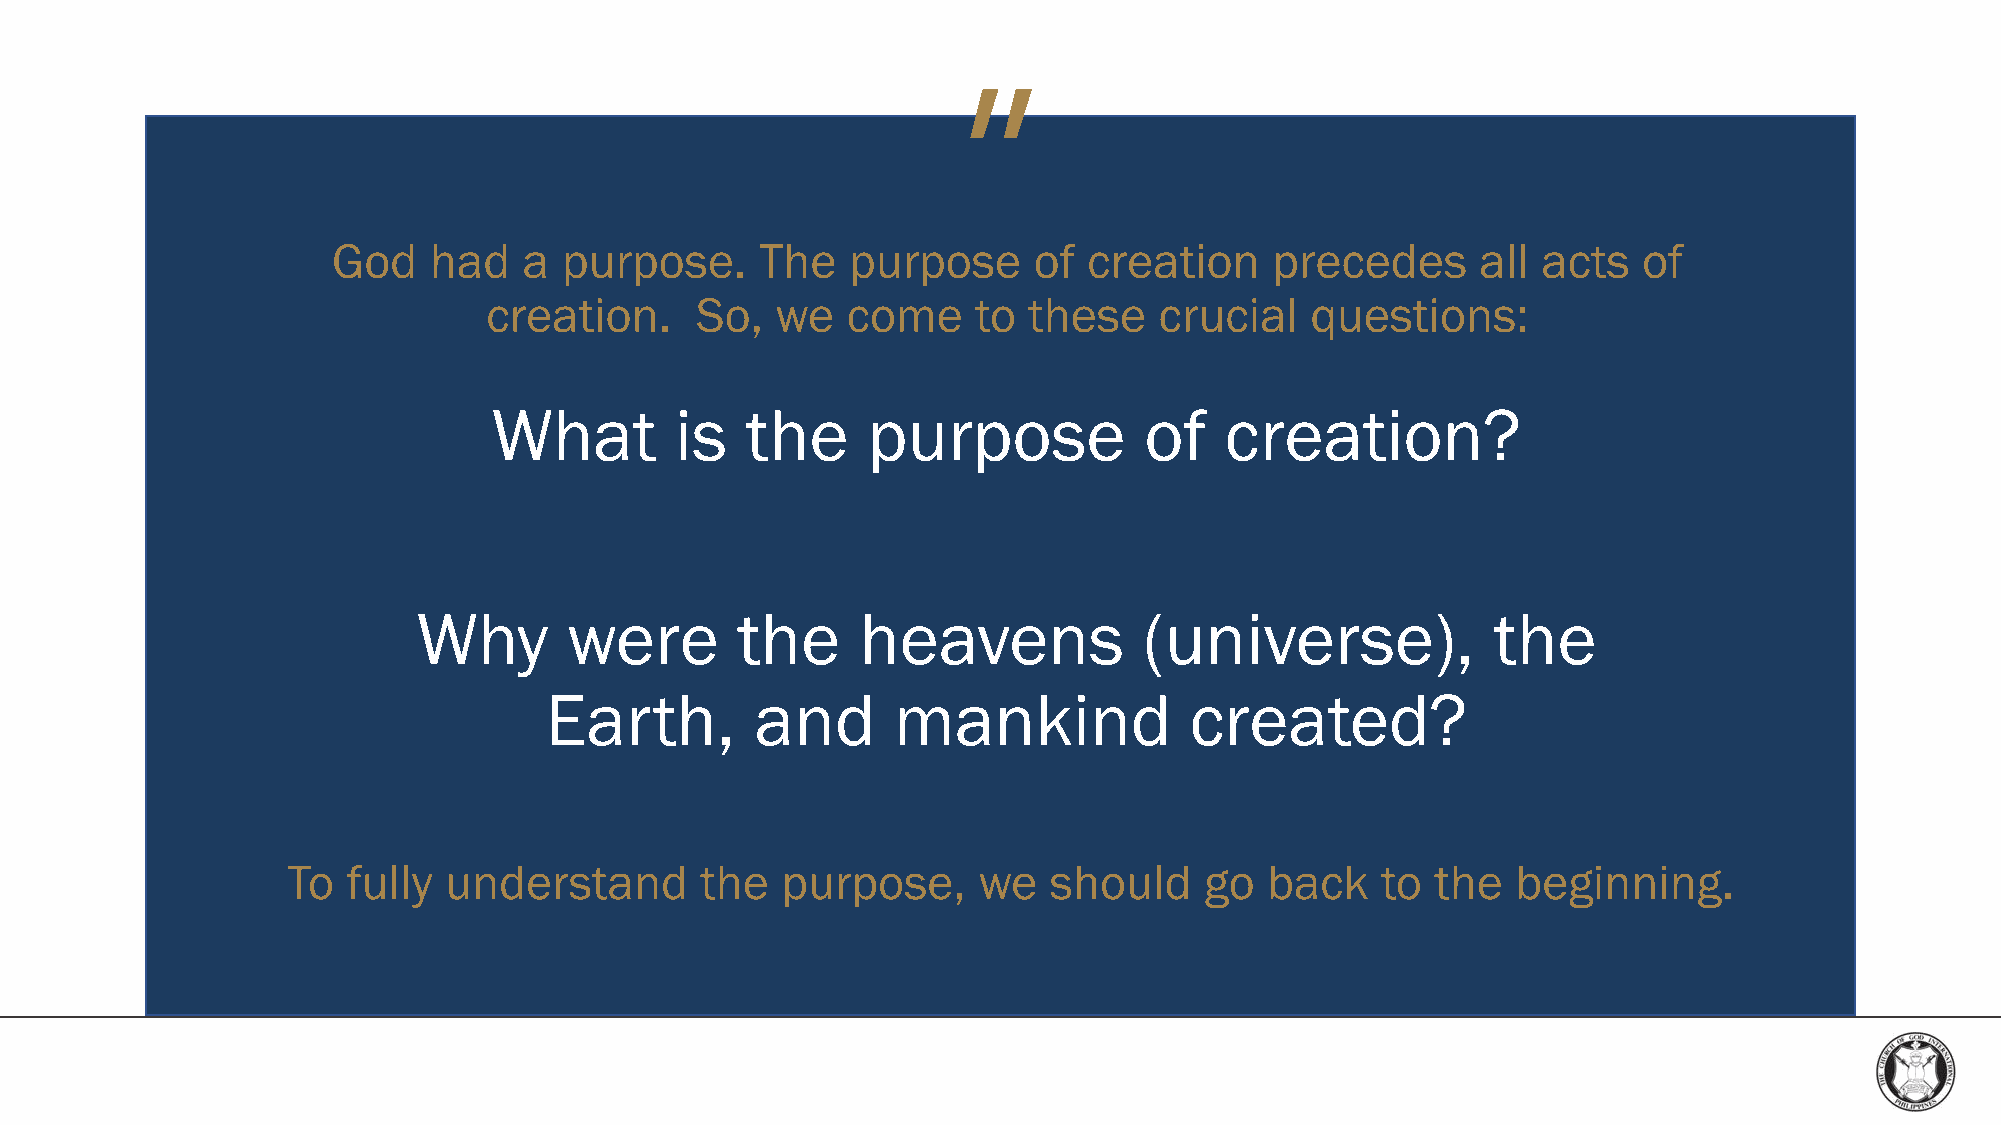
”
 God   had    a purpose.     The   purpose     of  creation    precedes      all acts   of
 creation.     So,  we   come     to these    crucial   questions:
 What        is  the     purpose            of   creation?
 Why       were       the     heavens            (universe),            the
 Earth,        and      mankind             created?
 To  fully understand       the   purpose,     we  should     go  back   to  the  beginning.